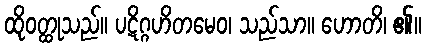
ထိုဝတ္ထုသည်။ ပဋိဂ္ဂဟိတမေဝ၊ သည်သာ။ ဟောတိ၊ ၏။